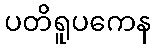
ပတိရူပကေန